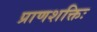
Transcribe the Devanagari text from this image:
प्राणशक्तिः